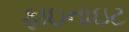
ફાઇનાઇટ